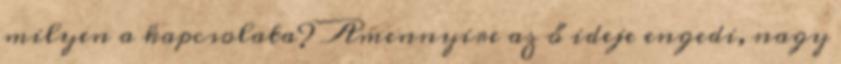
milyen a kapcsolata? Amennyire az ő ideje engedi, nagy